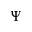
\Psi